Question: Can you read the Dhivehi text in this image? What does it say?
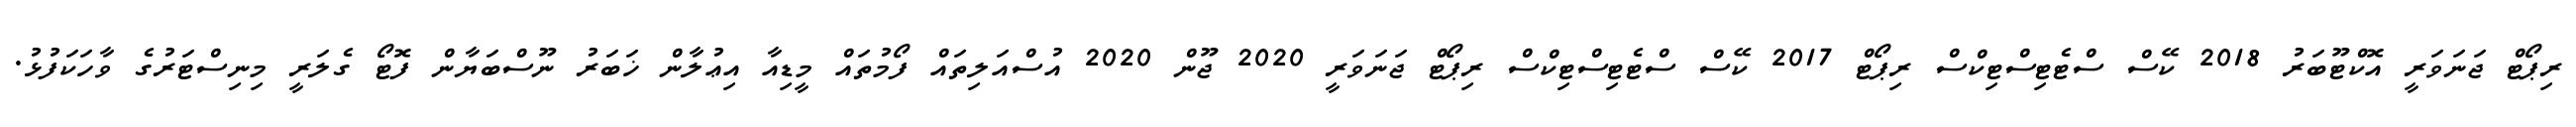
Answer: ރިޕޯޓް ޖަނަވަރީ އޮކްޓޫބަރު 2018 ކޭސް ސްޓެޓިސްޓިކްސް ރިޕޯޓް 2017 ކޭސް ސްޓެޓިސްޓިކްސް ރިޕޯޓް ޖަނަވަރީ 2020 ޖޫން 2020 އުސްއަލިތައް ފޯމުތައް މީޑިއާ އިޢުލާން ޚަބަރު ނޫސްބަޔާން ފޮޓޯ ގެލަރީ މިނިސްޓަރުގެ ވާހަކަފުޅު.